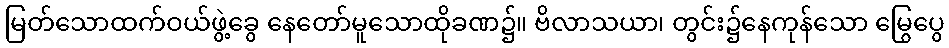
မြတ်သောထက်ဝယ်ဖွဲ့ခွေ နေတော်မူသောထိုခဏ၌။ ဗိလာသယာ၊ တွင်း၌နေကုန်သော မြွေပွေ